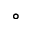
^ { \circ }